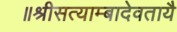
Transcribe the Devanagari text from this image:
॥श्रीसत्याम्बादेवतायै